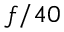
f / 4 0